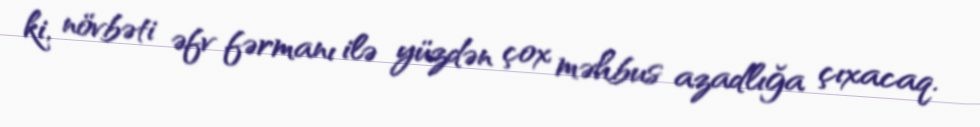
ki, növbəti əfv fərmanı ilə yüzdən çox məhbus azadlığa çıxacaq.